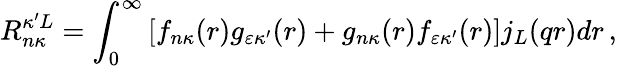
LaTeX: R_{n\kappa}^{\kappa^{\prime}L}=\int_{0}^{\infty}\left[f_{n\kappa}{(r)}g_{\varepsilon\kappa^{\prime}}{(r)}+g_{n\kappa}{(r)}f_{\varepsilon\kappa^{\prime}}{(r)}\right]j_{L}{(qr)}dr\, ,